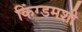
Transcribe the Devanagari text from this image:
किंग्डमशी